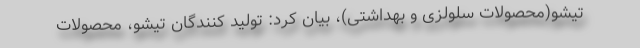
تیشو(محصولات سلولزی و بهداشتی)، بیان کرد: تولید کنندگان تیشو، محصولات